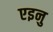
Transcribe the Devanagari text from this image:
एइनु